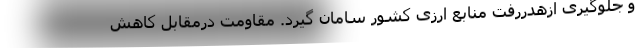
و جلوگیری ازهدررفت منابع ارزی کشور سامان گیرد. مقاومت درمقابل کاهش